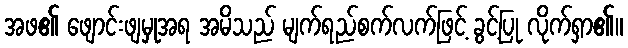
အဖ၏ ဖျောင်းဖျမှုအရ အမိသည် မျက်ရည်စက်လက်ဖြင့် ခွင့်ပြု လိုက်ရှာ၏။